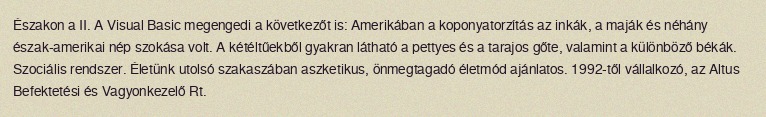
Északon a II. A Visual Basic megengedi a következőt is: Amerikában a koponyatorzítás az inkák, a maják és néhány észak-amerikai nép szokása volt. A kétéltűekből gyakran látható a pettyes és a tarajos gőte, valamint a különböző békák. Szociális rendszer. Életünk utolsó szakaszában aszketikus, önmegtagadó életmód ajánlatos. 1992-től vállalkozó, az Altus Befektetési és Vagyonkezelő Rt.